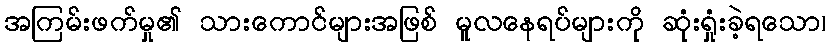
အကြမ်းဖက်မှု၏ သားကောင်များအဖြစ် မူလနေရပ်များကို ဆုံးရှုံးခဲ့ရသော၊